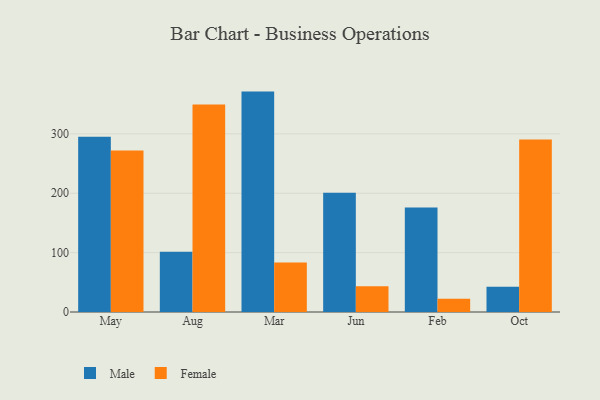
{"axis": {"x": "Month", "y": "Waste Production (Tons)"}, "legend": ["Female", "Male"], "data": [{"x": "May", "y": 295.3, "type": "Male"}, {"x": "May", "y": 271.8, "type": "Female"}, {"x": "Aug", "y": 101.3, "type": "Male"}, {"x": "Aug", "y": 349.4, "type": "Female"}, {"x": "Mar", "y": 371.2, "type": "Male"}, {"x": "Mar", "y": 83.2, "type": "Female"}, {"x": "Jun", "y": 200.7, "type": "Male"}, {"x": "Jun", "y": 43.4, "type": "Female"}, {"x": "Feb", "y": 175.9, "type": "Male"}, {"x": "Feb", "y": 22.4, "type": "Female"}, {"x": "Oct", "y": 42.6, "type": "Male"}, {"x": "Oct", "y": 290.4, "type": "Female"}]}